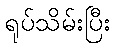
ရုပ်သိမ်းပြီး